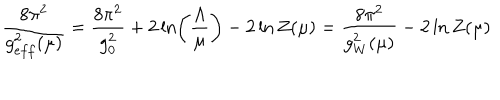
\frac { 8 \pi ^ { 2 } } { g _ { e f f } ^ { 2 } ( \mu ) } = \frac { 8 \pi ^ { 2 } } { g _ { 0 } ^ { 2 } } + 2 \ln \left( \frac { \Lambda } { \mu } \right) - 2 \ln Z ( \mu ) = \frac { 8 \pi ^ { 2 } } { g _ { W } ^ { 2 } ( \mu ) } - 2 \ln Z ( \mu )